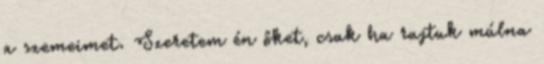
a szemeimet. Szeretem én őket, csak ha rajtuk múlna